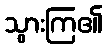
သွားကြ၏